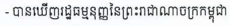
- បានឃើញរដ្ឋធម្មនុញ្ញនៃព្រះរាជាណាចក្រកម្ពុជា